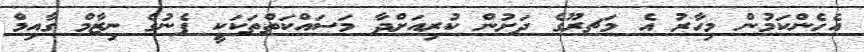
އެހެންކަމުން މިހާރު އެ މަޗރޫގެ ދަށުން ކުރިއަށްދާ މަސައްކަތްތަކަކީ ފެނުގެ ނިޒާމް ގާއިމް